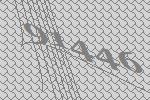
91446